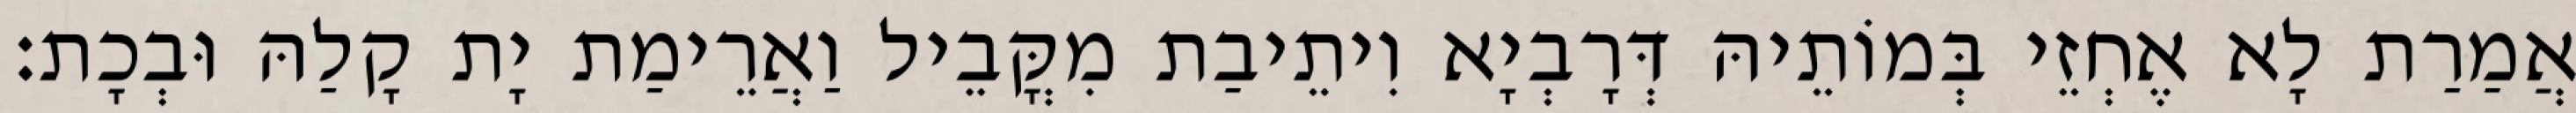
אֲמַרַת לָא אֶחְזֵי בְּמוֹתֵיהּ דְּרָבְיָא וִיתֵיבַת מִקֳּבֵיל וַאֲרֵימַת יָת קָלַהּ וּבְכָת׃